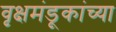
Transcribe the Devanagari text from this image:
वृक्षमंडूकांच्या